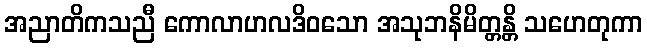
အညာတိကသညီ ကောလာဟလဒိဝသော အသုဘနိမိတ္တန္တိ သဟေတုကာ